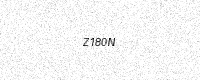
Text: Z180N